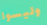
وليسوا